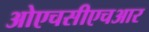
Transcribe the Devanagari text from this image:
ओएचसीएचआर